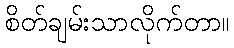
စိတ်ချမ်းသာလိုက်တာ။